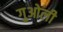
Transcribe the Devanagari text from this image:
गुओली